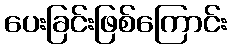
ပေးခြင်းဖြစ်ကြောင်း